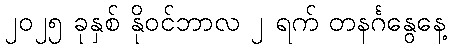
၂၀၂၅ ခုနှစ် နိုဝင်ဘာလ ၂ ရက် တနင်္ဂနွေနေ့